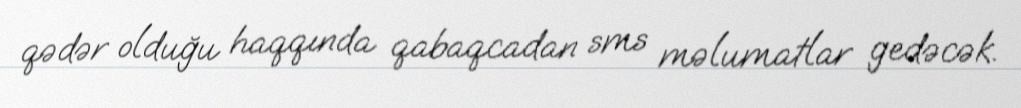
qədər olduğu haqqında qabaqcadan sms məlumatlar gedəcək.